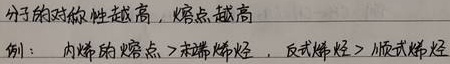
分子的对称性越高，熔点越高。例：内烯烃的熔点>端烯烃，反式烯烃>顺式烯烃